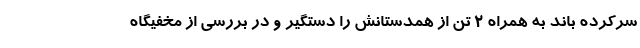
سرکرده باند به همراه ۲ تن از همدستانش را دستگیر و در بررسی از مخفیگاه